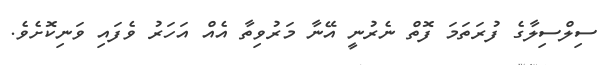
ސިލްސިލާގެ ފުރަތަމަ ފޮތް ނެރުނީ އޭނާ މަރުވިތާ އެއް އަހަރު ވެފައި ވަނިކޮށެވެ.